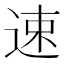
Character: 速